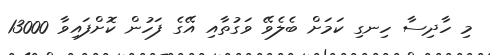
މި ހާދިސާ ހިނގި ކަމަށް ބެލެވޭ ވަގުތާއި އޭގެ ފަހުން ކޮށްފައިވާ 13000